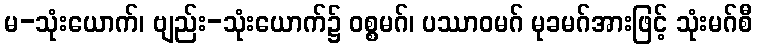
မ-သုံးယောက်၊ ဗျည်း-သုံးယောက်၌ ဝစ္စမဂ်၊ ပဿာဝမဂ် မုခမဂ်အားဖြင့် သုံးမဂ်စီ